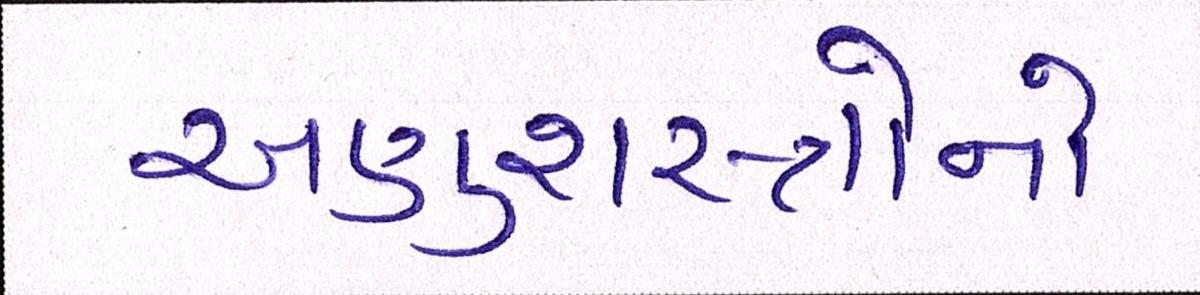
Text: અણુશસ્ત્રોનો